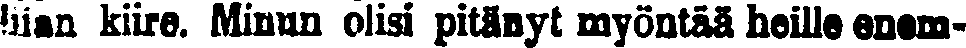
!iian kiire. Minun olisi pitänyt myöntää heille enem-